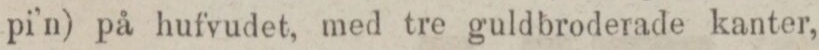
pi’n) på hufvudet, med tre guldbroderade kanter,